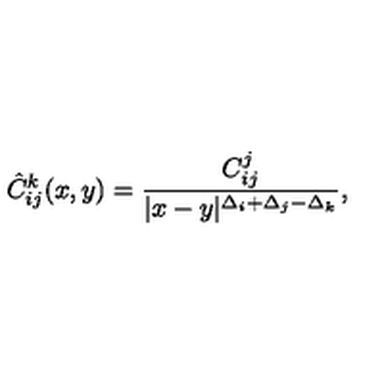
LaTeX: \hat { C } _ { i j } ^ { k } ( x , y ) = \frac { C _ { i j } ^ { j } } { | x - y | ^ { \Delta _ { i } + \Delta _ { j } - \Delta _ { k } } } ,